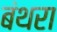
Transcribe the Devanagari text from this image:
बंथरा